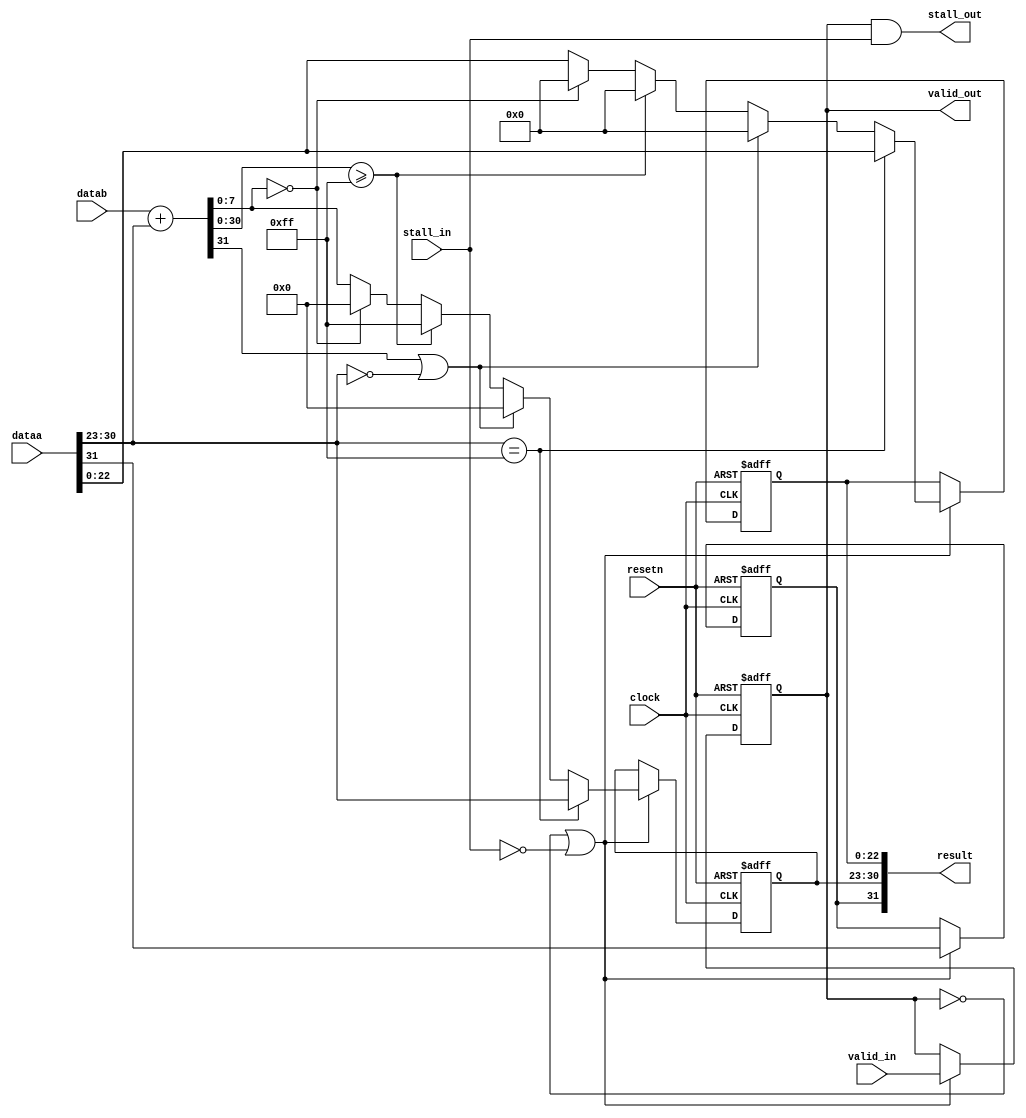
module acl_fp_ldexp_hc(clock, resetn, dataa, datab, valid_in, valid_out, stall_in, stall_out, result);
	input clock, resetn;
	input [31:0] dataa;
	input [31:0] datab;
	input valid_in, stall_in;
	output valid_out, stall_out;
	output [31:0] result;
	wire [7:0] exponent_in = dataa[30:23];
	wire [22:0] mantissa_in = dataa[22:0];
	wire sign_in = dataa[31];
	wire [31:0] shift_in = datab;
	wire [31:0] intermediate_exp = shift_in + exponent_in;
	reg [7:0] exp_stage_1;
	reg [22:0] man_stage_1;
	reg sign_stage_1;
	reg stage_1_valid;
	wire enable_stage_1;
	always@(posedge clock or negedge resetn)
	begin
		if (~resetn)
		begin
			exp_stage_1 <= 8'dx;
			man_stage_1 <= 23'dx;
			sign_stage_1 <= 1'bx;
			stage_1_valid <= 1'b0;
		end
		else if (enable_stage_1)
		begin
			stage_1_valid <= valid_in;
			sign_stage_1 <= sign_in;
			if (exponent_in == 8'hff)
			begin
				man_stage_1 <= mantissa_in;
				exp_stage_1 <= exponent_in;
			end
			else
		   if (intermediate_exp[31] | (exponent_in == 8'd0))
			begin
				man_stage_1 <= 23'd0;
				exp_stage_1 <= 8'd0;
			end
			else if ({1'b0, intermediate_exp[30:0]} >= 255)
			begin
				man_stage_1 <= 23'd0;
				exp_stage_1 <= 8'hff;				
			end
			else if (intermediate_exp[7:0] == 8'd0)
			begin
				man_stage_1 <= 23'd0;
				exp_stage_1 <= 8'h00;				
			end			
			else
			begin
				man_stage_1 <= mantissa_in;
				exp_stage_1 <= intermediate_exp[7:0];
			end
		end
	end
	assign enable_stage_1 = ~stage_1_valid | ~stall_in;
	assign valid_out = stage_1_valid;
	assign stall_out = stage_1_valid & stall_in;
	assign result = {sign_stage_1, exp_stage_1, man_stage_1};
endmodule